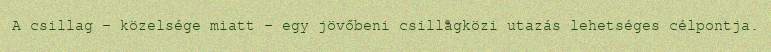
A csillag – közelsége miatt – egy jövőbeni csillagközi utazás lehetséges célpontja.